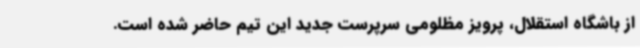
از باشگاه استقلال، پرویز مظلومی سرپرست جدید این تیم حاضر شده است.